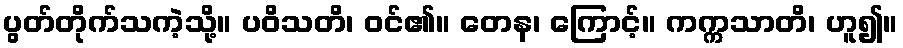
ပွတ်တိုက်သကဲ့သို့။ ပဝိသတိ၊ ဝင်၏။ တေန၊ ကြောင့်။ ကက္ကသာတိ၊ ဟူ၍။